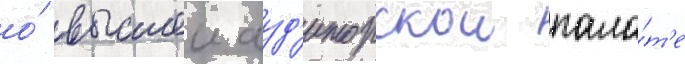
о́ высшеи ауд'иторскои пала́т'е